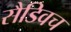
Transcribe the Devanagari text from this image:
सैडिवच